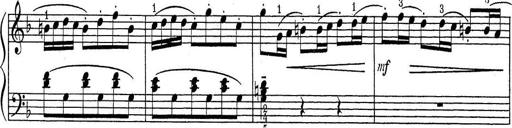
Title: ÄŒeskÃ© Sonatiny
Composer: Various